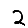
Digit: 2